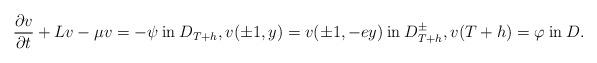
LaTeX: \begin{align*}\frac{\partial v}{\partial t} + Lv - \mu v = -\psi \: \mbox{in} \: D_{T+h}, v(\pm 1, y) = v(\pm 1, -e y) \: \mbox{in} \: D_{T+h}^\pm,v(T+h) = \varphi \: \mbox{in} \: D.\end{align*}